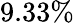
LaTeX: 9.33\%